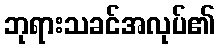
ဘုရားသခင်အလုပ်၏